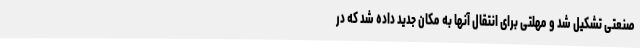
صنعتی تشکیل شد و مهلتی برای انتقال آنها به مکان جدید داده شد که در